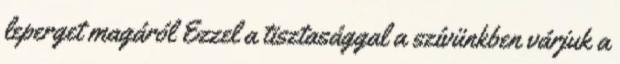
leperget magáról Ezzel a tisztasággal a szívünkben várjuk a